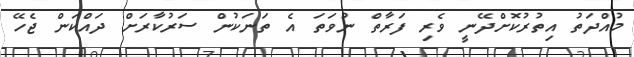
މުއްދަތު އިތުރުކޮށްދޭނީ ވެރި ފަރާތް ނުވަތަ އެ ތަނަކުން ސަރުކާރަށް ދައްކަން ޖެހޭ